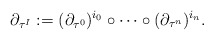
\begin{align*}\partial_{\tau^I}:=(\partial_{\tau^0})^{i_0}\circ\dots\circ (\partial_{\tau^{n}})^{i_{n}}.\end{align*}